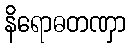
နိရောဓတဏှာ